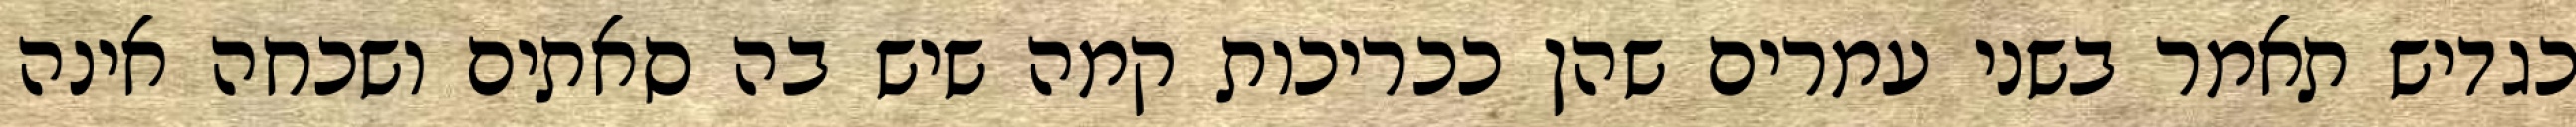
כגדיש תאמר בשני עמרים שהן ככריכות קמה שיש בה סאתים ושכחה אינה